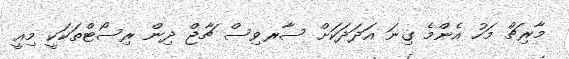
މާރިޗް މަހު އެންމެ ގިނަ އަދަދަކަށް ސާރވިސް ޗާޖް ދިން ރިސޯޓްތަކަކީ މިއީ